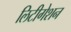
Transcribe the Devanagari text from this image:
लिटीगेशन